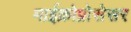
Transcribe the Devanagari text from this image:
माईक्रोप्रोसेसर